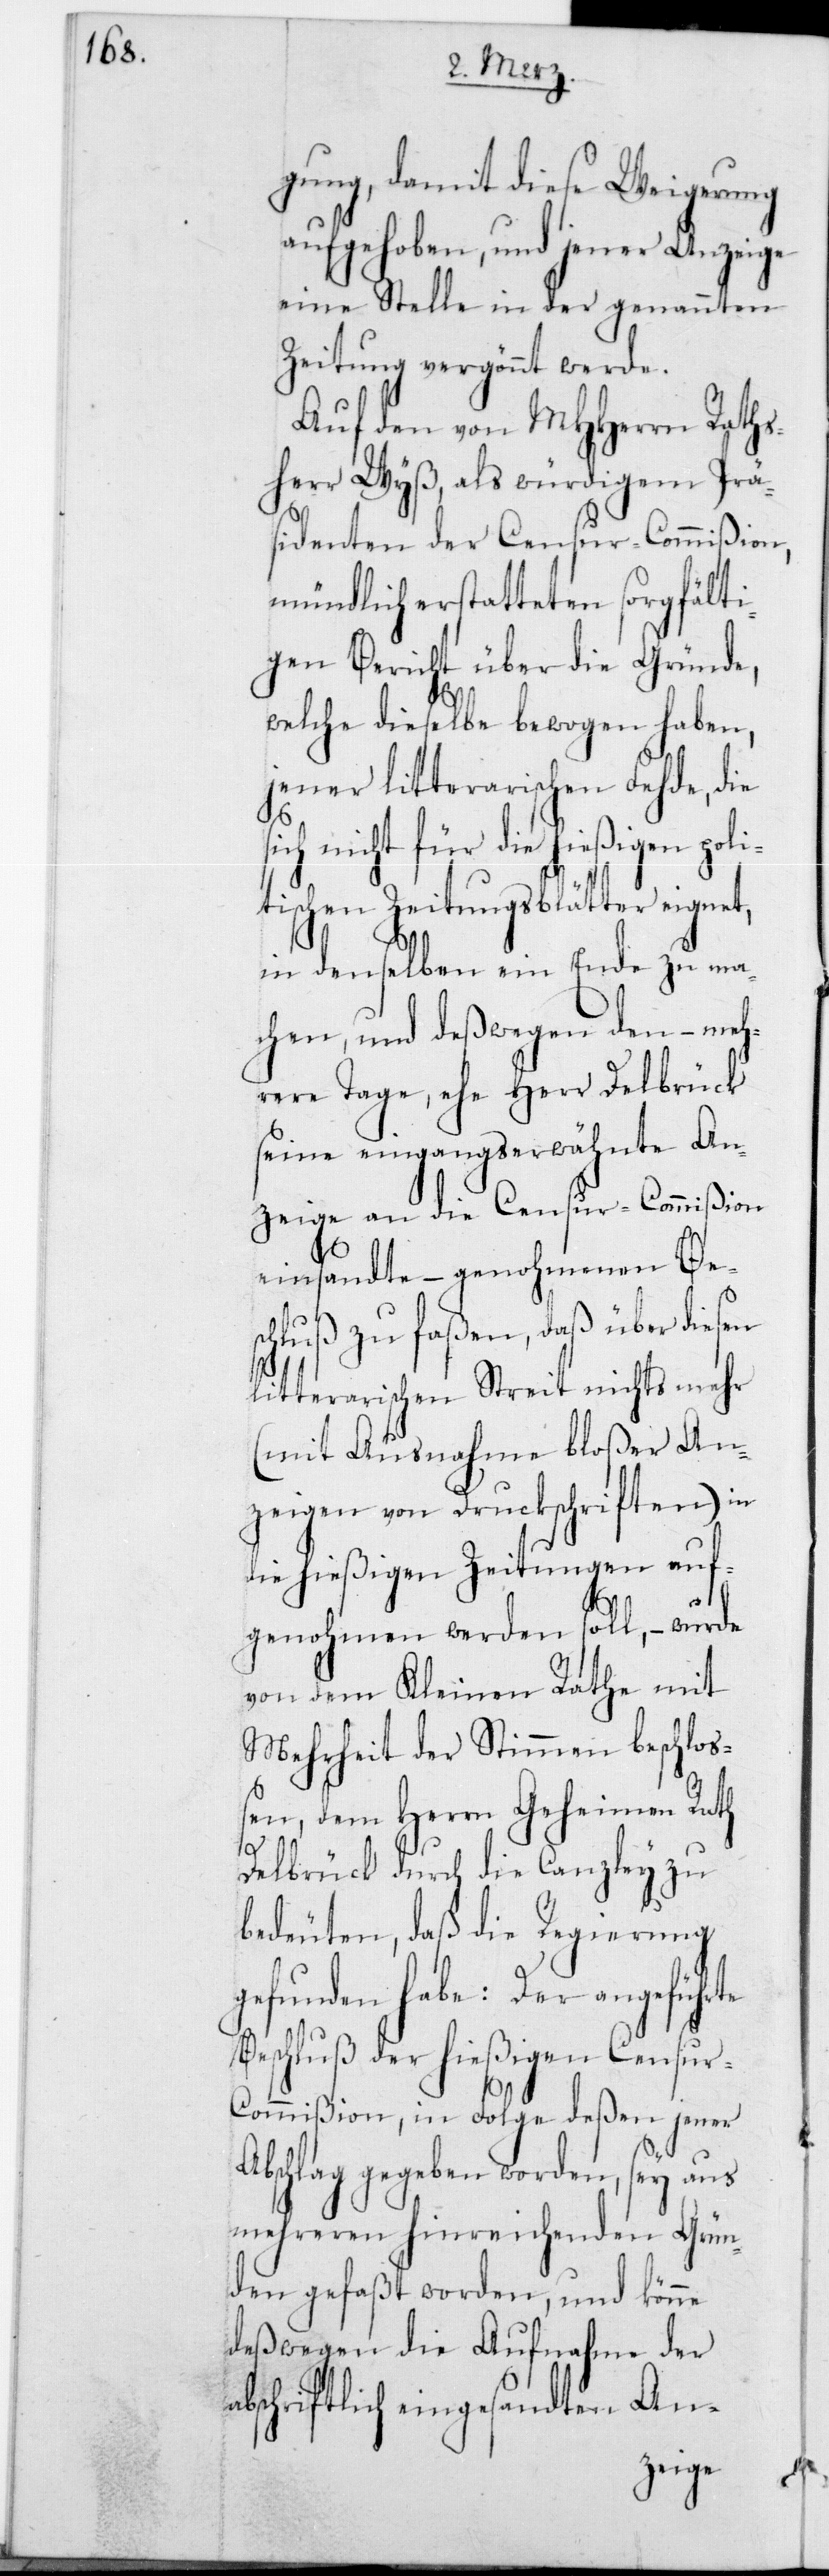
gung, damit diese Weigerung
aufgehoben, und jener Anzeige
eine Stelle in der genannten
Zeitung vergönnt werde.
Auf den von MHHerren Rath¬
sherr Wyß, als würdigem Prä¬
sidenten der Censur-Commißion,
mündlich erstatteten sorgfälti¬
gen Bericht über die Gründe,
welche dieselbe bewogen haben,
jener litterarischen Fehde, die
nicht für die hießigen po¬
tischen Zeitungsblätter eignet,
in denselben ein Ende zu ma¬
chen, und deßwegen den, – meh¬
rere Tage, ehe Herr Delbrück
seine eingangserwähnte An¬
zeige an die Censur-Commißion
einsandte, – genohmenen Be¬
schluß zu faßen, daß über diesen
litterarischen Streit nichts mehr
(mit Ausnahme bloßer An¬
zeigen von Druckschriften) in
die hießigen Zeitungen auf¬
genohmen werden soll, – wurde
von dem Kleinen Rathe mit
Mehrheit der Stimmen beschloß¬
en, dem Herrn Geheimen Rath
Delbrück durch die Canzley zu
bedeuten, daß die Regierung
gefunden habe: Der angeführte
Beschluß der hießigen Censur-C¬
ommißion, in Folge deßen jener
Abschlag gegeben worden, sey aus
mehreren hinreichenden Grün¬
den gefaßt worden, und könne
deßwegen die Aufnahme der
abschriftlich eingesandten An-

li¬